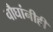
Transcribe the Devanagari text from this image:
चौघांनीही